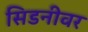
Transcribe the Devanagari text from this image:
सिडनीवर